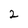
Character: 2